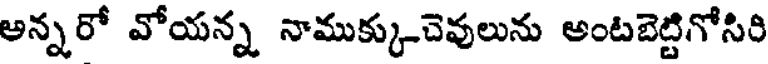
అన్నరో వోయన్న నాముక్కుచెవులును అంటబెట్టిగోసిరి